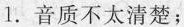
1.音质不太清楚；